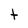
Character: t